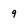
Character: 9